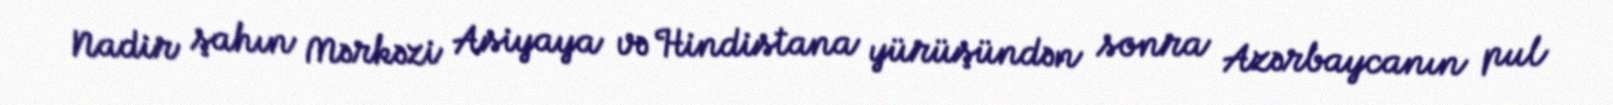
Nadir şahın Mərkəzi Asiyaya və Hindistana yürüşündən sonra Azərbaycanın pul